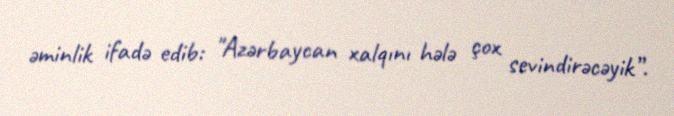
əminlik ifadə edib: "Azərbaycan xalqını hələ çox sevindirəcəyik”.